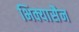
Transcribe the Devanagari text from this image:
भिक्यासैन